Vaccination in Bombay 1924-1928 - 1924-1928
Year: 1924
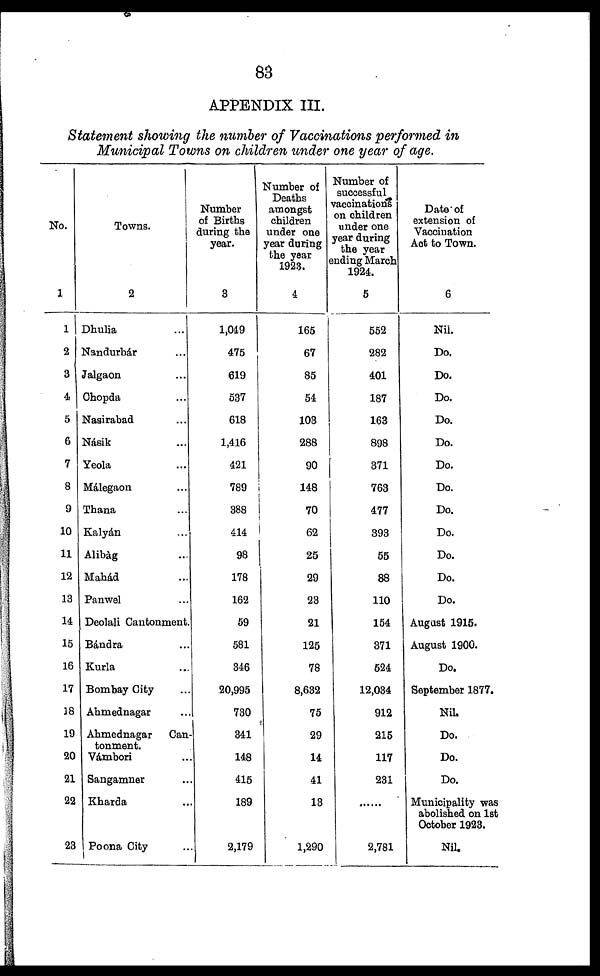
83
APPENDIX III.
Statement showing the number of Vaccinations performed in
Municipal Towns on children under one year of age.
No.
1
1
2
3
4
5
6
7
8
9
10
11
12
13
14
15
16
17
18
19
20
21
22
23
Towns.
2
Dhulia ...
Nandurbár ...
Jalgaon ...
Chopda ...
Nasirabad ...
Násik ...
Yeola ...
Málegaon ...
Thana ...
Kalyán ...
Alibàg ...
Mahád ...
Panwel ...
Deolali Cantonment.
Bándra ...
Kurla ...
Bombay City ...
Ahmednagar ...
Ahmednagar Can¬
tonment.
Vámbori ...
Sangamner ...
Kharda ...
Poona City ...
Number
of Births
during the
year.
3
1,049
475
619
537
618
1,416
421
789
388
414
98
178
162
59
581
346
20,995
730
341
148
415
189
2,179
Number of
Deaths
amongst
children
under one
year during
the year
1923.
4
165
67
85
54
103
288
90
148
70
62
25
29
23
21
125
78
8,632
75
29
14
41
13
1,290
Number of
successful
vaccinations
on children
under one
year during
the year
ending March
1924.
5
552
282
401
187
163
898
371
763
477
393
55
88
110
154
371
524
12,034
912
215
117
231
......
2,781
Date of
extension of
Vaccination
Act to Town.
6
Nil.
Do.
Do.
Do.
Do.
Do.
Do.
Do.
Do.
Do.
Do.
Do.
Do.
August 1915.
August 1900.
Do.
September 1877.
Nil.
Do.
Do.
Do.
Municipality was
abolished on 1st
October 1923.
Nil.